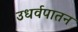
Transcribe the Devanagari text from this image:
उधर्वपातन